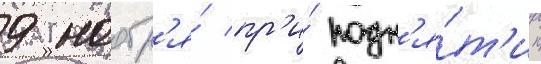
9 ноабр'я́ пр'и́ подн'я́т'ии